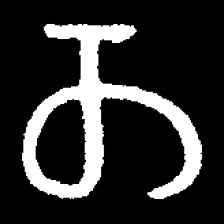
Pyu character \u2014 Myanmar letter: တ (romanized: ta)